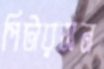
পিটারসন